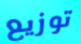
توزيع